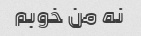
نه من خوبم